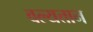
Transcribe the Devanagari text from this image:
वल्यत्तान